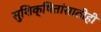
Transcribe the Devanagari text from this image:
सुशिक्षितांसाठीही